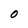
Character: O